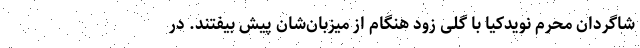
شاگردان محرم نویدکیا با گلی زود هنگام از میزبان‌شان پیش بیفتند. در